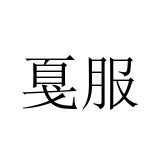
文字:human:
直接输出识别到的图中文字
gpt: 戛服